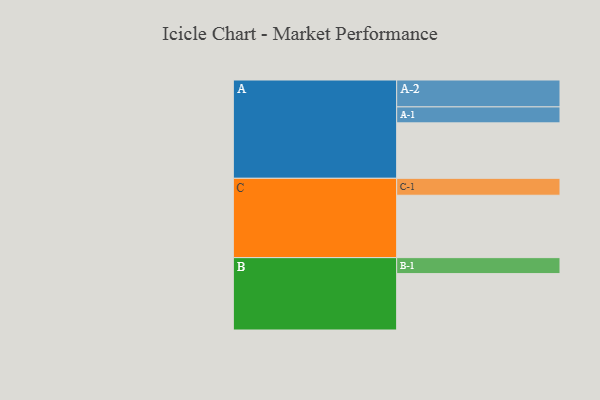
{"axis": {"x": "Segment", "y": "Value"}, "legend": ["", "A", "B", "C"], "data": [{"x": "A", "y": 406, "type": ""}, {"x": "B", "y": 413, "type": ""}, {"x": "C", "y": 457, "type": ""}, {"x": "A-1", "y": 117, "type": "A"}, {"x": "A-2", "y": 197, "type": "A"}, {"x": "B-1", "y": 117, "type": "B"}, {"x": "C-1", "y": 124, "type": "C"}]}